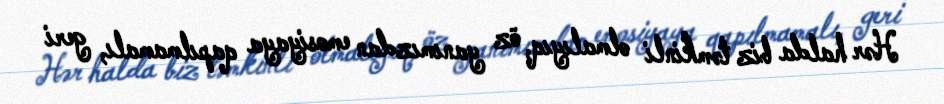
Hər halda biz təmkinli olmalıyıq, öz yanımızdan emosiyaya qapılmamalı, geri